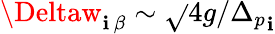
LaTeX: \Deltaw_{\mathbf{i}\, \beta}\sim\sqrt{}{{4g}}/{\Delta_{p}}_{\mathbf{i}}